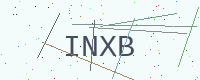
Text: INXB